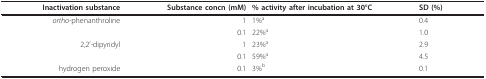
| Inactivation substance | Substance concn (mM) | % activity after incubation at 30°C | SD (%) |
 | --- | --- | --- | --- |
 | ortho-phenanthroline | 1 | 1%a | 0.4 |
 |  | 0.1 | 22%a | 1.0 |
 | 2,2'-dipyridyl | 1 | 23%a | 2.9 |
 |  | 0.1 | 59%a | 4.5 |
 | hydrogen peroxide | 0.1 | 3%b | 0.1 |